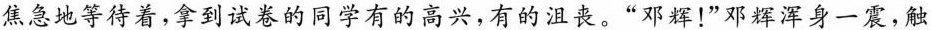
焦急地等待着，拿到试卷的同学有的高兴，有的沮丧。”邓辉！”邓辉浑身一震，触